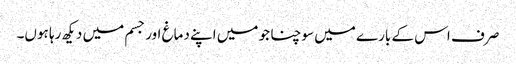
صرف اس کے بارے میں سوچنا جو میں اپنے دماغ اور جسم میں دیکھ رہا ہوں۔